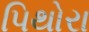
પિથોરા